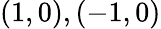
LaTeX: (1,0),(-1,0)